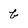
Character: b